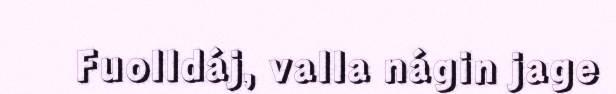
Fuolldáj, valla nágin jage